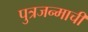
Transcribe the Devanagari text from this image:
पुत्रजन्माची